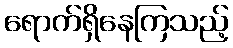
ရောက်ရှိနေကြသည့်